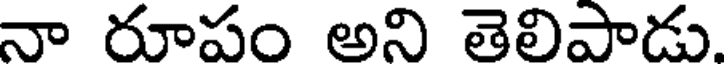
నా దూపం అని తెలిపాడు.